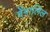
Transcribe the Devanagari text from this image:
वेंगालिल